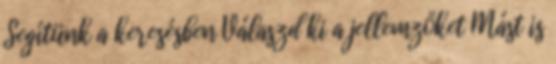
Segítünk a keresésben Válaszd ki a jellemzőket Mást is